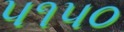
૫૧૫૦